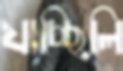
যাচ্ছিলি